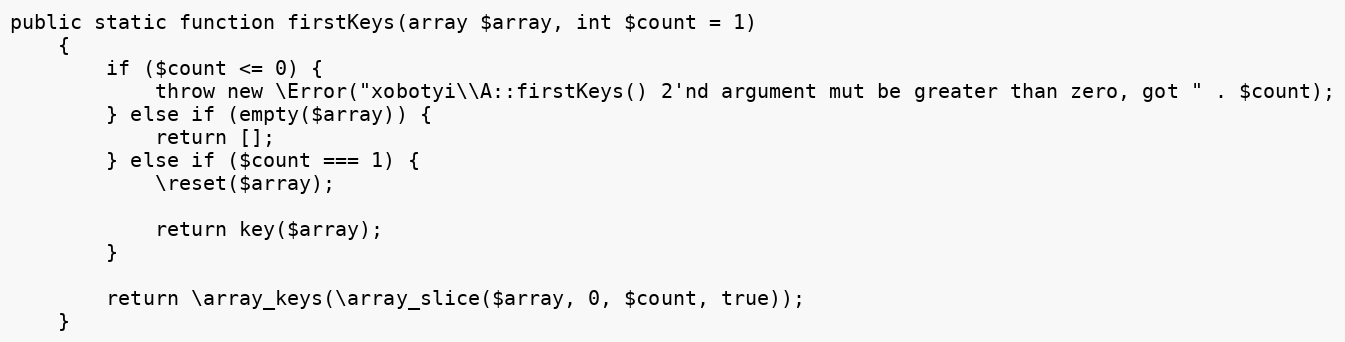
Language: PHP
public static function firstKeys(array $array, int $count = 1)
    {
        if ($count <= 0) {
            throw new \Error("xobotyi\\A::firstKeys() 2'nd argument mut be greater than zero, got " . $count);
        } else if (empty($array)) {
            return [];
        } else if ($count === 1) {
            \reset($array);

            return key($array);
        }

        return \array_keys(\array_slice($array, 0, $count, true));
    }